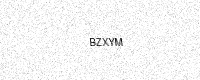
Text: BZXYM